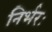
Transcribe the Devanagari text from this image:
निर्भरः